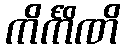
ကိင်္ကိဏိ